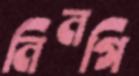
নিনগি